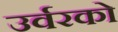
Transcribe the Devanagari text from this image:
उर्वरको